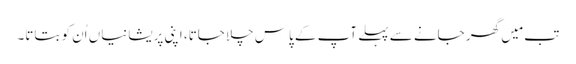
تب مَیں گھر جانے سے پہلے آپ کے پاس چلا جاتا، اپنی پریشانیاں اُن کو بتاتا۔